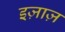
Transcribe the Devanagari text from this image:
इज़ाज़